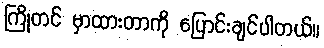
ကြိုတင် မှာထားတာကို ပြောင်းချင်ပါတယ်။